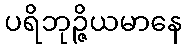
ပရိဘုဉ္ဇိယမာနေ